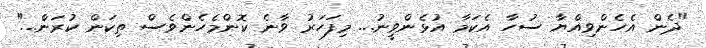
"ދެން އެހެންވިއްޔާ ސުހާ އެކަމާ އުޅެންވީނު... މިފަހަރު ވާނެ ކޮންމެހެންވެސް ތިކަން ކުރަން..."